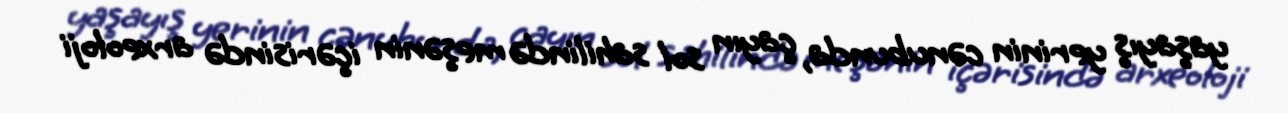
yaşayış yerinin cənubunda, çayın sol sahilində meşənin içərisində arxeoloji